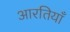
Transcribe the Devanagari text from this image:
आरतियाँ